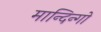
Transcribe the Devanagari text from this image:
मान्दिन्गो